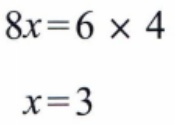
\[
\begin{align*}
8x&=6\times4\\
x&=3
\end{align*}
\]